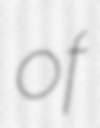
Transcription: of